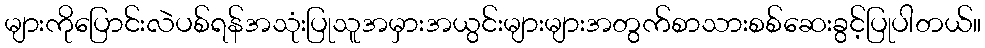
များကိုပြောင်းလဲပစ်ရန်အသုံးပြုသူအမှားအယွင်းများများအတွက်စာသားစစ်ဆေးခွင့်ပြုပါတယ်။